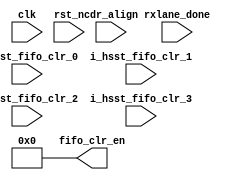
///////////////////////////////////////////////////////////////////////////////
//
// Copyright (c) 2019 PANGO MICROSYSTEMS, INC
// ALL RIGHTS REVERVED.
//
// THE SOURCE CODE CONTAINED HEREIN IS PROPRIETARY TO PANGO MICROSYSTEMS, INC.
// IT SHALL NOT BE REPRODUCED OR DISCLOSED IN WHOLE OR IN PART OR USED BY
// PARTIES WITHOUT WRITTEN AUTHORIZATION FROM THE OWNER.
//
///////////////////////////////////////////////////////////////////////////////
//
// Library:
// Filename:
///////////////////////////////////////////////////////////////////////////////
`timescale 1ns/1ps
module  ipml_hsst_fifo_clr_v1_0#(
    parameter CH0_RX_ENABLE                = "TRUE"       , //TRUE:lane0 RX Reset Logic used, FALSE: lane0 RX Reset Logic remove
    parameter CH1_RX_ENABLE                = "TRUE"       , //TRUE:lane1 RX Reset Logic used, FALSE: lane1 RX Reset Logic remove
    parameter CH2_RX_ENABLE                = "TRUE"       , //TRUE:lane2 RX Reset Logic used, FALSE: lane2 RX Reset Logic remove
    parameter CH3_RX_ENABLE                = "TRUE"       , //TRUE:lane3 RX Reset Logic used, FALSE: lane3 RX Reset Logic remove
    parameter CH0_MULT_LANE_MODE           = 1            , //Lane0 --> 1: Singel Lane 2:Two Lane 4:Four Lane
    parameter CH1_MULT_LANE_MODE           = 1            , //Lane1 --> 1: Singel Lane 2:Two Lane 4:Four Lane
    parameter CH2_MULT_LANE_MODE           = 1            , //Lane2 --> 1: Singel Lane 2:Two Lane 4:Four Lane
    parameter CH3_MULT_LANE_MODE           = 1            , //Lane3 --> 1: Singel Lane 2:Two Lane 4:Four Lane
    parameter PCS_CH0_BYPASS_BONDING       = "FALSE"      , //TRUE: Lane0 Bypass Channel Bonding, FALSE: Lane0 No Bypass Channel Bonding
    parameter PCS_CH1_BYPASS_BONDING       = "FALSE"      , //TRUE: Lane1 Bypass Channel Bonding, FALSE: Lane1 No Bypass Channel Bonding
    parameter PCS_CH2_BYPASS_BONDING       = "FALSE"      , //TRUE: Lane2 Bypass Channel Bonding, FALSE: Lane2 No Bypass Channel Bonding
    parameter PCS_CH3_BYPASS_BONDING       = "FALSE"        //TRUE: Lane3 Bypass Channel Bonding, FALSE: Lane3 No Bypass Channel Bonding

)(
    // Reset and Clock
    input  wire                   clk               ,
    input  wire   [3 : 0]         rst_n             ,
    input  wire                   i_hsst_fifo_clr_0 ,
    input  wire                   i_hsst_fifo_clr_1 ,
    input  wire                   i_hsst_fifo_clr_2 ,
    input  wire                   i_hsst_fifo_clr_3 ,
    // HSST Reset Control Signal
    input  wire   [3 : 0]         cdr_align         ,
    input  wire   [3 : 0]         rxlane_done       ,
    output wire   [3 : 0]         fifo_clr_en     
);


//****************************************************************************//
//                      Internal Signal                                       //
//****************************************************************************//
reg    [3 : 0]          cdr_align_lock          ; 
wire   [3 : 0]          cdr_align_vld           ; 
reg    [3 : 0]          cdr_align_vld_ff1       ; 
wire   [3 : 0]          cdr_align_vld_pos       ;
wire   [3 : 0]          i_hsst_fifo_clr         ;
wire                    rxlane0_rstn            ;
wire                    rxlane2_rstn            ;
reg    [3 : 0]          tx_fifo_clr_en          ; 

//****************************************************************************//
//                      Sequential and Logic                                  //
//****************************************************************************//
assign rxlane0_rstn      = rst_n[0];//master lane0 reset port when lane0 is bonding
assign rxlane2_rstn      = rst_n[2];//master lane2 reset port when lane2 is bonding
assign cdr_align_vld[0]  = (CH0_RX_ENABLE=="TRUE") ? cdr_align[0]: 1'b0;
assign cdr_align_vld[1]  = (CH1_RX_ENABLE=="TRUE") ? cdr_align[1]: 1'b0;
assign cdr_align_vld[2]  = (CH2_RX_ENABLE=="TRUE") ? cdr_align[2]: 1'b0;
assign cdr_align_vld[3]  = (CH3_RX_ENABLE=="TRUE") ? cdr_align[3]: 1'b0;
assign i_hsst_fifo_clr   = {i_hsst_fifo_clr_3,i_hsst_fifo_clr_2,i_hsst_fifo_clr_1,i_hsst_fifo_clr_0};

assign cdr_align_vld_pos = cdr_align_vld & (~cdr_align_vld_ff1);

genvar i;
generate
for(i=0; i<4; i=i+1) begin : CDR_LOCK
    always @ (posedge clk or negedge rst_n[i]) begin
        if(!rst_n[i]) 
            cdr_align_vld_ff1[i] <= 4'b0;
        else 
            cdr_align_vld_ff1[i] <= cdr_align_vld[i];
    end
    always @ (posedge clk or negedge rst_n[i]) begin
         if(!rst_n[i]) 
             cdr_align_lock[i] <= 1'b0;
         else if(fifo_clr_en[i]==1'b1)
             cdr_align_lock[i] <= 1'b0;
         else if(cdr_align_vld_pos[i]==1'b1) 
             cdr_align_lock[i] <= 1'b1;
         else ;
    end
end
endgenerate

generate
if(CH0_MULT_LANE_MODE==4) begin: FOUR_LANE_MODE
    //generate clr enable
    always @ (posedge clk or negedge rxlane0_rstn) begin
        if(!rxlane0_rstn)
            tx_fifo_clr_en <= 4'b0;
        else if(PCS_CH0_BYPASS_BONDING=="TRUE")
            tx_fifo_clr_en <= i_hsst_fifo_clr;
        else if((|cdr_align_lock) && (&rxlane_done))
            tx_fifo_clr_en <= 4'b1111;
        else
            tx_fifo_clr_en <= 4'b0;
    end
    
    assign fifo_clr_en = tx_fifo_clr_en;
end
else if(CH0_MULT_LANE_MODE==2 && CH2_MULT_LANE_MODE==2) begin:TWO_LANE_MODE 
    //generate clr enable
    always @ (posedge clk or negedge rxlane0_rstn) begin
        if(!rxlane0_rstn)
            tx_fifo_clr_en[1:0] <= 2'b0;
        else if(PCS_CH0_BYPASS_BONDING=="TRUE")
            tx_fifo_clr_en[1:0] <= i_hsst_fifo_clr[1:0];
        else if((|cdr_align_lock[1:0]) && (&rxlane_done[1:0]))
            tx_fifo_clr_en[1:0] <= 2'b11;
        else
            tx_fifo_clr_en[1:0] <= 2'b0;
    end
    
    //generate clr enable
    always @ (posedge clk or negedge rxlane2_rstn) begin
        if(!rxlane2_rstn)
            tx_fifo_clr_en[3:2] <= 2'b0;
        else if(PCS_CH2_BYPASS_BONDING=="TRUE")
            tx_fifo_clr_en[3:2] <= i_hsst_fifo_clr[3:2];
        else if((|cdr_align_lock[3:2]) && (&rxlane_done[3:2]))
            tx_fifo_clr_en[3:2] <= 2'b11;
        else
            tx_fifo_clr_en[3:2] <= 2'b0;
    end
    
    assign fifo_clr_en = tx_fifo_clr_en;
end
else if(CH0_MULT_LANE_MODE==2) begin:TWO_LANE_MODE0 
    //generate clr enable
    always @ (posedge clk or negedge rxlane0_rstn) begin
        if(!rxlane0_rstn)
            tx_fifo_clr_en <= 4'b0000;
        else if(PCS_CH0_BYPASS_BONDING=="TRUE")
            tx_fifo_clr_en <= {2'b00,i_hsst_fifo_clr[1:0]};
        else if((|cdr_align_lock[1:0]) && (&rxlane_done[1:0]))
            tx_fifo_clr_en <= 4'b0011;
        else
            tx_fifo_clr_en <= 4'b0000;
    end
    
    assign fifo_clr_en = tx_fifo_clr_en;
end
else if(CH2_MULT_LANE_MODE==2) begin:TWO_LANE_MODE1
    //generate clr enable
    always @ (posedge clk or negedge rxlane2_rstn) begin
        if(!rxlane2_rstn)
            tx_fifo_clr_en <= 4'b0000;
        else if(PCS_CH2_BYPASS_BONDING=="TRUE")
            tx_fifo_clr_en <= {i_hsst_fifo_clr[3:2],2'b00};
        else if((|cdr_align_lock[3:2]) && (&rxlane_done[3:2]))
            tx_fifo_clr_en <= 4'b1100;
        else
            tx_fifo_clr_en <= 4'b0000;
    end
    
    assign fifo_clr_en = tx_fifo_clr_en;
end
else begin : ONE_LANE_MODE
    assign fifo_clr_en = 4'b0;
end
endgenerate

endmodule